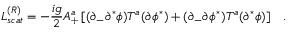
{ \cal L } _ { s c a t } ^ { ( R ) } = - \frac { i g } { 2 } A _ { + } ^ { a } \left[ ( \partial _ { - } \partial ^ { * } \phi ) T ^ { a } ( \partial \phi ^ { * } ) + ( \partial _ { - } \partial \phi ^ { * } ) T ^ { a } ( \partial ^ { * } \phi ) \right] \; \; \; .